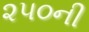
૨૫૦ની